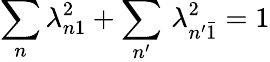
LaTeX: \sum_{n}\lambda_{n1}^{2}+\sum_{n^{\prime}}\, \lambda_{n^{\prime}\bar{1}}^{2}=1